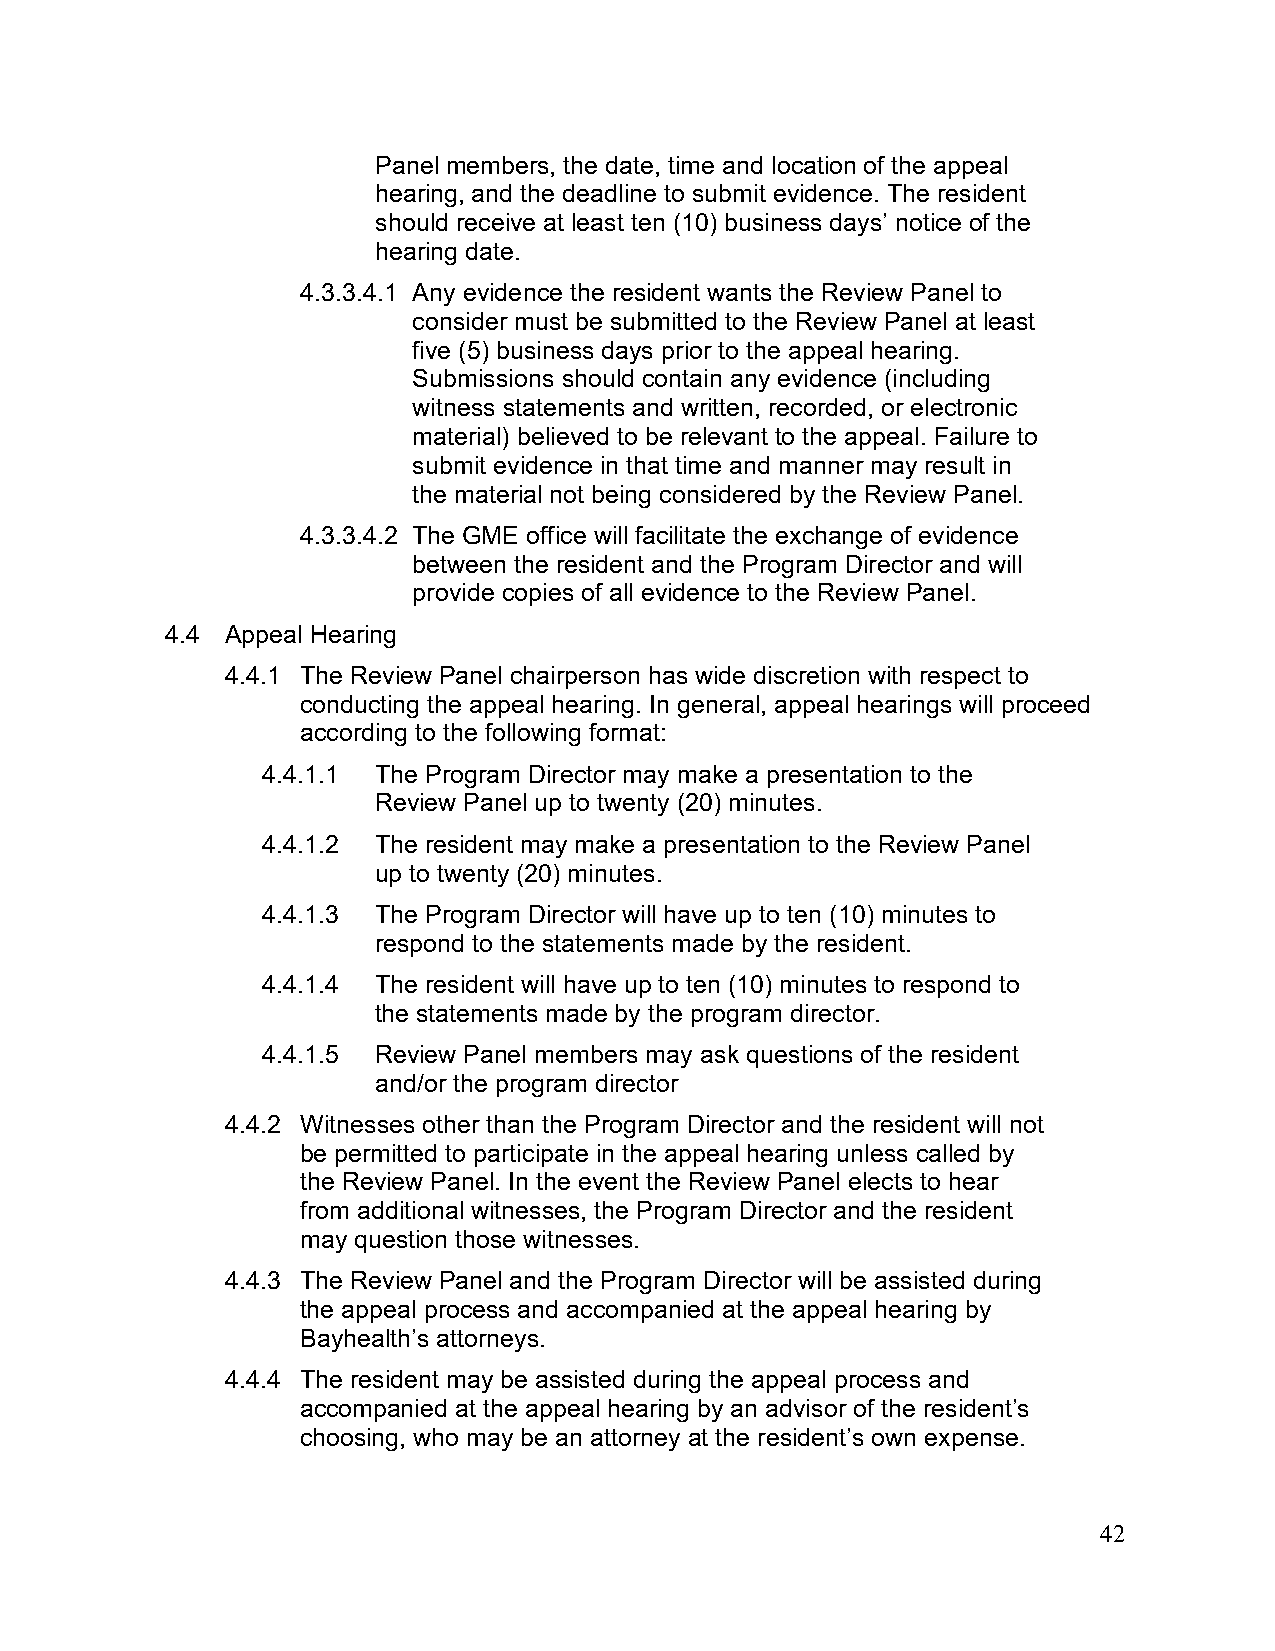
Panel members, the date, time and location of the appeal
 hearing, and the deadline to submit evidence. The resident
 should receive at least ten (10) business days’ notice of the
 hearing date.
 4.3.3.4.1 Any evidence the resident wants the Review Panel to
 consider must be submitted to the Review Panel at least
 five (5) business days prior to the appeal hearing.
 Submissions should contain any evidence (including
 witness statements and written, recorded, or electronic
 material) believed to be relevant to the appeal. Failure to
 submit evidence in that time and manner may result in
 the material not being considered by the Review Panel.
 4.3.3.4.2 The GME office will facilitate the exchange of evidence
 between the resident and the Program Director and will
 provide copies of all evidence to the Review Panel.
 4.4 Appeal Hearing
 4.4.1 The Review Panel chairperson has wide discretion with respect to
 conducting the appeal hearing. In general, appeal hearings will proceed
 according to the following format:
 4.4.1.1 The Program Director may make a presentation to the
 Review Panel up to twenty (20) minutes.
 4.4.1.2 The resident may make a presentation to the Review Panel
 up to twenty (20) minutes.
 4.4.1.3 The Program Director will have up to ten (10) minutes to
 respond to the statements made by the resident.
 4.4.1.4 The resident will have up to ten (10) minutes to respond to
 the statements made by the program director.
 4.4.1.5 Review Panel members may ask questions of the resident
 and/or the program director
 4.4.2 Witnesses other than the Program Director and the resident will not
 be permitted to participate in the appeal hearing unless called by
 the Review Panel. In the event the Review Panel elects to hear
 from additional witnesses, the Program Director and the resident
 may question those witnesses.
 4.4.3 The Review Panel and the Program Director will be assisted during
 the appeal process and accompanied at the appeal hearing by
 Bayhealth’s attorneys.
 4.4.4 The resident may be assisted during the appeal process and
 accompanied at the appeal hearing by an advisor of the resident’s
 choosing, who may be an attorney at the resident’s own expense.
 42